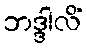
ဘဒ္ဒါလိံ